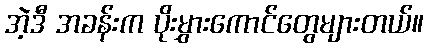
အဲ့ဒီ အခန်းက ပိုးမွှားကောင်တွေများတယ်။